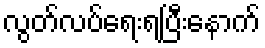
လွတ်လပ်ရေးရပြီးနောက်